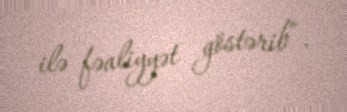
ilə fəaliyyət göstərib”.